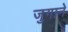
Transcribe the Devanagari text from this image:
जुगाने